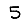
Digit: 5